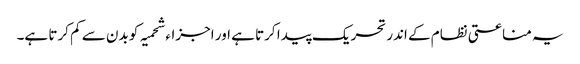
یہ مناعتی نظام کے اندر تحریک پیدا کرتا ہے اور اجزاء شحمیہ کو بدن سے کم کرتا ہے۔